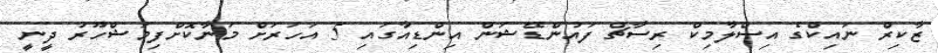
ޒާކިރް ނައިކްގެ އިސްލާމިކް ރިސާޗް ފައުންޑޭޝަން އިންޑިއާގައި 5 އަހަރަށް މަނާކޮށްފިމަޝްހޫރު ދީނީ